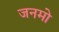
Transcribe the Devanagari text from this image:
जनमो